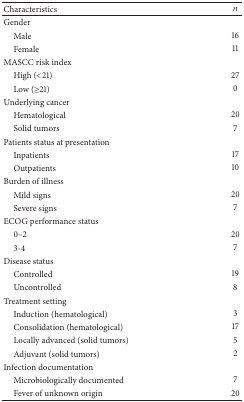
| Characteristics | n |
 | --- | --- |
 | Gender |  |
 | Male | 16 |
 | Female | 11 |
 | MASCC risk index |  |
 | High (<21) | 27 |
 | Low (≥21) | 0 |
 | Underlying cancer |  |
 | Hematological | 20 |
 | Solid tumors | 7 |
 | Patients status at presentation |  |
 | Inpatients | 17 |
 | Outpatients | 10 |
 | Burden of illness |  |
 | Mild signs | 20 |
 | Severe signs | 7 |
 | ECOG performance status |  |
 | 0–2 | 20 |
 | 3-4 | 7 |
 | Disease status |  |
 | Controlled | 19 |
 | Uncontrolled | 8 |
 | Treatment setting |  |
 | Induction (hematological) | 3 |
 | Consolidation (hematological) | 17 |
 | Locally advanced (solid tumors) | 5 |
 | Adjuvant (solid tumors) | 2 |
 | Infection documentation |  |
 | Microbiologically documented | 7 |
 | Fever of unknown origin | 20 |